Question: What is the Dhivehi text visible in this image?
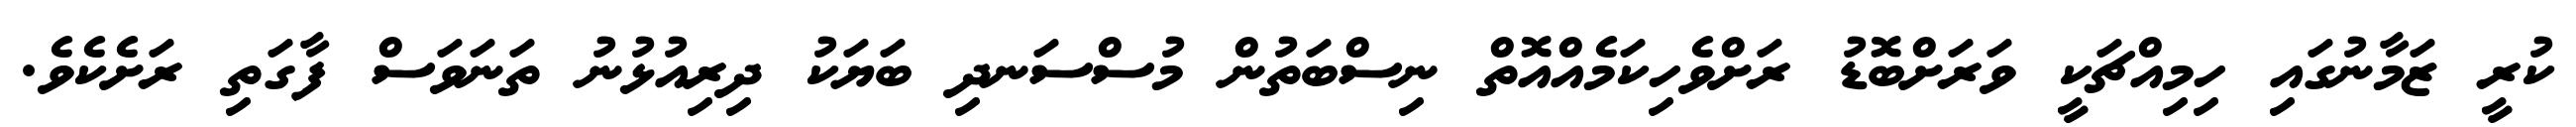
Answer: ކުރީ ޒަމާނުގައި ހިމިއްޗަކީ ވަރަށްބޮޑު ރަށްވެހިކަމެއްއޮތް ނިސްބަތުން މުސްސަނދި ބަޔަކު ދިރިއުޅުނު ތަނަވަސް ފާގަތި ރަށެކެވެ.